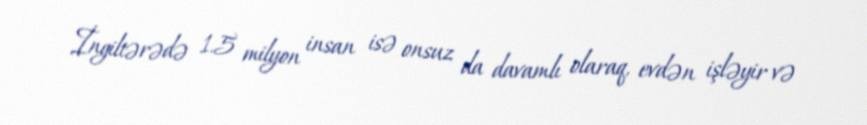
İngiltərədə 1.5 milyon insan isə onsuz da davamlı olaraq, evdən işləyir və